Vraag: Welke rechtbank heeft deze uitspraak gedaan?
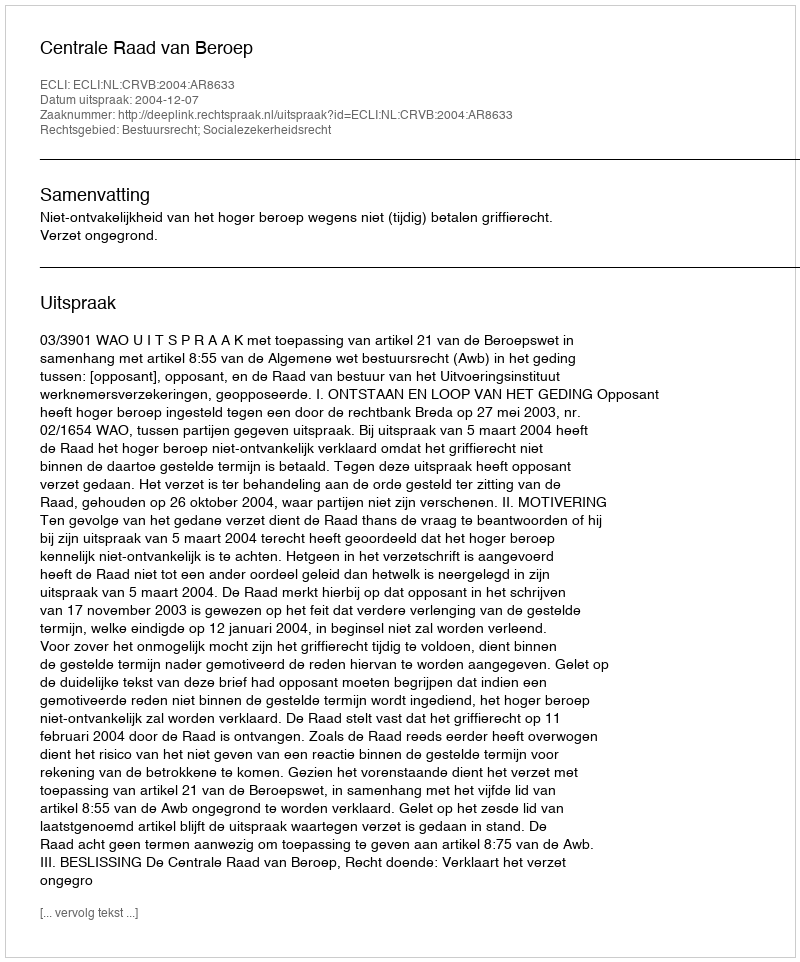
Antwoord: Centrale Raad van Beroep